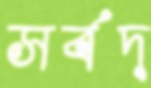
সর্বদ